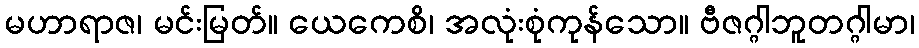
မဟာရာဇ၊ မင်းမြတ်။ ယေကေစိ၊ အလုံးစုံကုန်သော။ ဗီဇဂ္ဂါဘူတဂ္ဂါမာ၊